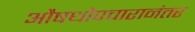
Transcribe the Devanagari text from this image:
औषधोपचारानंतर